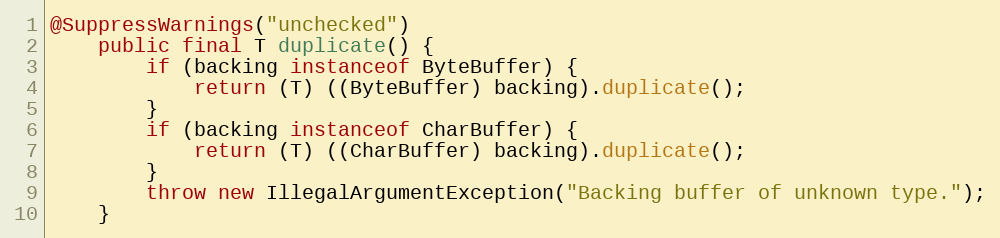
Language: Java
@SuppressWarnings("unchecked")
    public final T duplicate() {
        if (backing instanceof ByteBuffer) {
            return (T) ((ByteBuffer) backing).duplicate();
        }
        if (backing instanceof CharBuffer) {
            return (T) ((CharBuffer) backing).duplicate();
        }
        throw new IllegalArgumentException("Backing buffer of unknown type.");
    }